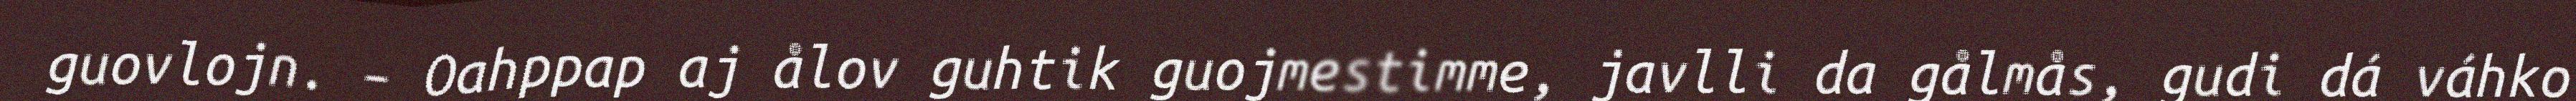
guovlojn. – Oahppap aj ålov guhtik guojmestimme, javlli da gålmås, gudi dá váhko